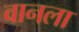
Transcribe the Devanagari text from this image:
वानला